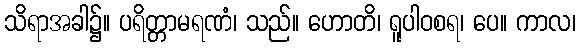
သိရာအခါ၌။ ပရိတ္တာမရဏံ၊ သည်။ ဟောတိ၊ ရူပါဝစရ၊ ပေ။ ကာလ၊